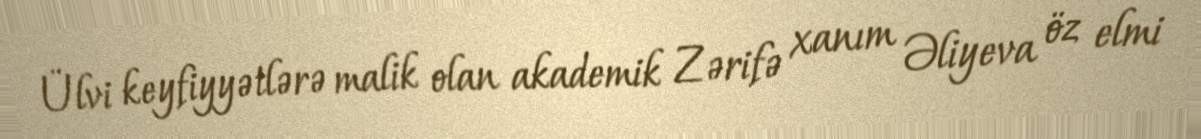
Ülvi keyfiyyətlərə malik olan akademik Zərifə xanım Əliyeva öz elmi